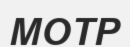
МОТР